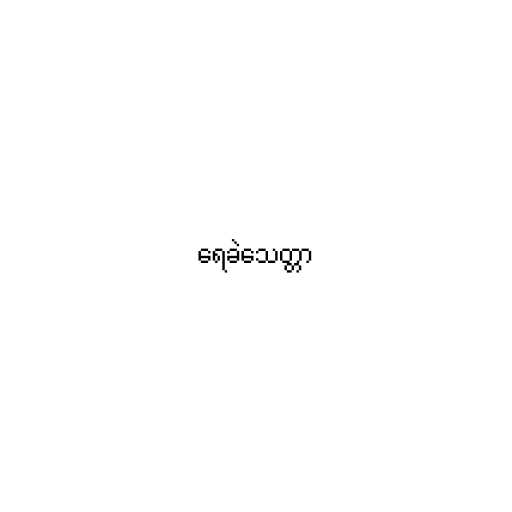
ရေခဲသေတ္တာ